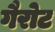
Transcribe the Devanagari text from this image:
गैरोट